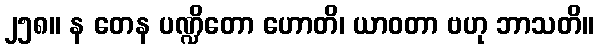
၂၅၈။ န တေန ပဏ္ဍိတော ဟောတိ၊ ယာဝတာ ဗဟု ဘာသတိ။